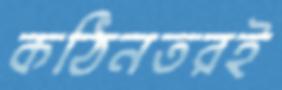
কঠিনতরই